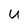
Character: U